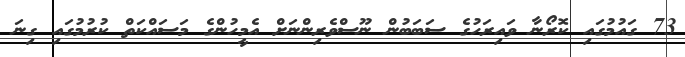
73 ގައުމުގައި ކޮރޯނާ ވައިރަހުގެ ސަބަބުން ނޫސްވެރިންނަށް އެމީހުންގެ މަސައްކަތް ކުރުމުގައި ގިނަ